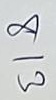
813